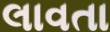
લાવતા